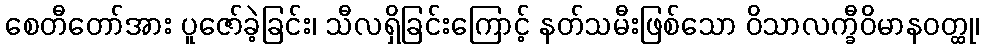
စေတီတော်အား ပူဇော်ခဲ့ခြင်း၊ သီလရှိခြင်းကြောင့် နတ်သမီးဖြစ်သော ဝိသာလက္ခီဝိမာနဝတ္ထု၊